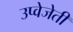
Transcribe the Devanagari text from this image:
उप्वेजेती